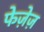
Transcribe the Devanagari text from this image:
फेज़ेज़